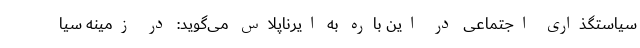
سیاستگذاری اجتماعی در این باره به ایرناپلاس می‌گوید: در زمینه سیا